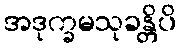
အဒုက္ခမသုခန္တိပိ